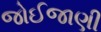
જોઈજાણી